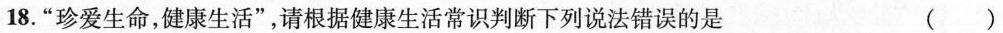
18.”珍爱生命，健康生活”，请根据健康生活常识判断下列说法错误的是 ()